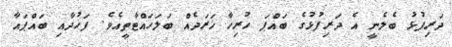
ދަރިފުޅު ބެލެނީ އެ ދަރިފުޅުގެ ބައްޕަ ހުރިހާ ޚަރަދެއް ބަލަހައްޓާތީއެވެ. ފަހުދާއި ބައްޕައާ